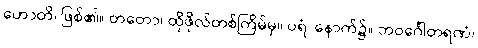
ဟောတိ၊ ဖြစ်၏။ တတော၊ ထိုဖိုလ်တစ်ကြိမ်မှ။ ပရံ၊ နောက်၌။ ဘဝင်္ဂေါတရဏံ၊